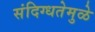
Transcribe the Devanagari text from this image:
संदिग्धतेमुळे